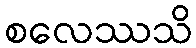
စလေဿသိ